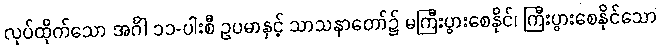
လုပ်ထိုက်သော အင်္ဂါ ၁၁-ပါးစီ ဥပမာနှင့် သာသနာတော်၌ မကြီးပွားစေနိုင်၊ ကြီးပွားစေနိုင်သော